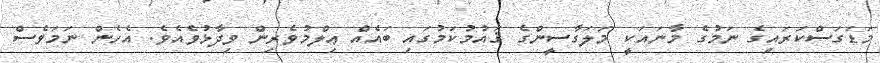
މަޑަގަސްކަރައިގެ ނަމުގެ މާނައަކީ މަލަގާސީންގެ ޤައުމުކަމުގައި ބައެއް ޢިލްމުވެރިން ވިދާޅުވެއެވެ. އެހެން ނަމަވެސް